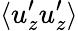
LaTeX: \langle u_{z}^{\prime}u_{z}^{\prime}\rangle